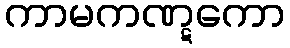
ကာမကဏ္ဋကော